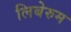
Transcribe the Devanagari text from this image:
लिबेरुम